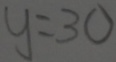
y = 3 0